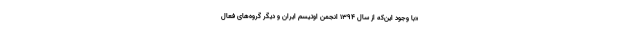
«با وجود این‌که از سال 1394 انجمن اوتیسم ایران و دیگر گروه‌های فعال